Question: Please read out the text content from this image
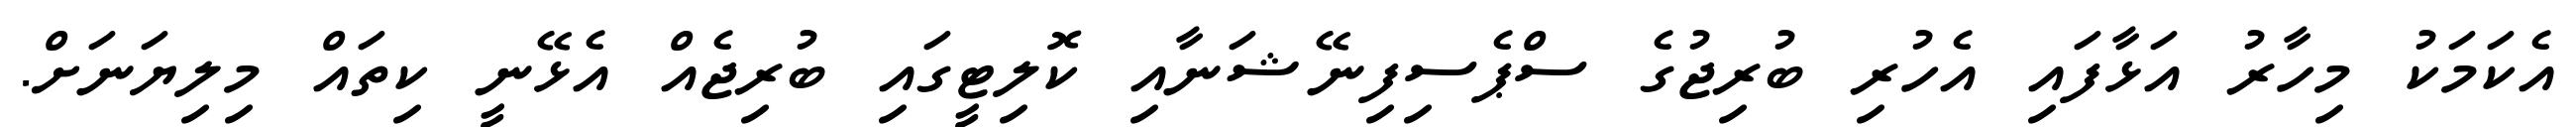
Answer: އެކަމަކު މިހާރު އަޅާފައި އެހުރި ބުރިޖުގެ ސްޕެސިފިނޭޝަނާއި ކޮލިޓީގައި ބުރިޖެއް އެޅޭނީ ކިތައް މިލިޔަނަށް.